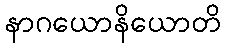
နာဂယောနိယောတိ